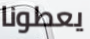
يعطونا